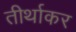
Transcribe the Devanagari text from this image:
तीर्थाकर